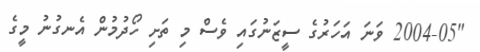
"2004-05 ވަނަ އަހަރުގެ ސީޒަނުގައި ވެސް މި ތަށި ހޯދުމުން އެނގުނު މީގެ